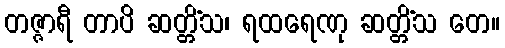
တဇ္ဇာရီ တာပိ ဆတ္တိံသ၊ ရထရေဏု ဆတ္တိံသ တေ။